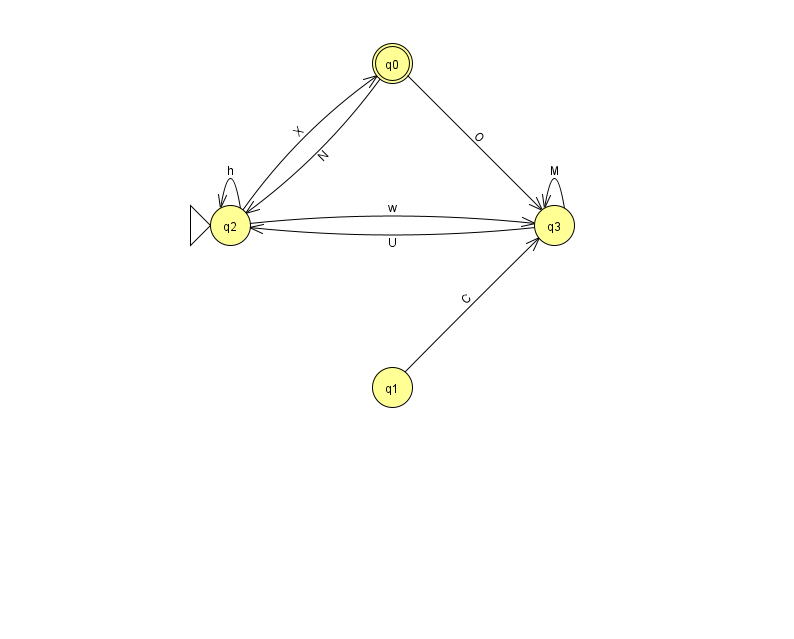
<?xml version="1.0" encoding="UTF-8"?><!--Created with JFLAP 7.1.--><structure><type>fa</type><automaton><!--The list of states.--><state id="0" name="q0"><x>392.0</x><y>50.0</y><final/></state><state id="1" name="q1"><x>392.0</x><y>374.0</y></state><state id="2" name="q2"><x>230.0</x><y>212.0</y><initial/></state><state id="3" name="q3"><x>554.0</x><y>212.0</y></state><!--The list of transitions.--><transition><from>0</from><to>3</to><read>O</read></transition><transition><from>2</from><to>2</to><read>h</read></transition><transition><from>1</from><to>3</to><read>C</read></transition><transition><from>2</from><to>3</to><read>w</read></transition><transition><from>0</from><to>2</to><read>N</read></transition><transition><from>3</from><to>2</to><read>U</read></transition><transition><from>2</from><to>0</to><read>X</read></transition><transition><from>3</from><to>3</to><read>M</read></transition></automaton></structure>